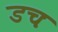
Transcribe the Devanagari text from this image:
डचः